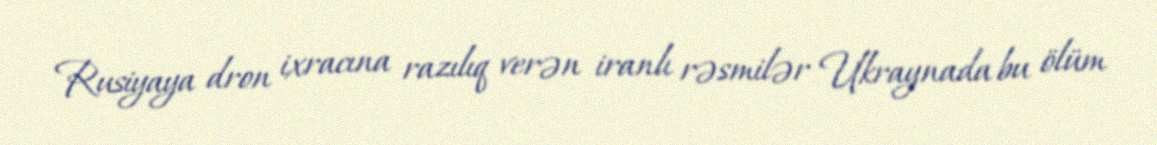
Rusiyaya dron ixracına razılıq verən iranlı rəsmilər Ukraynada bu ölüm